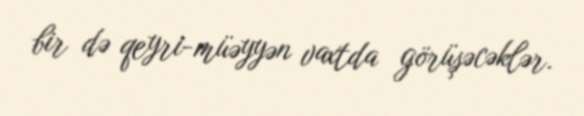
bir də qeyri-müəyyən vaxtda görüşəcəklər.